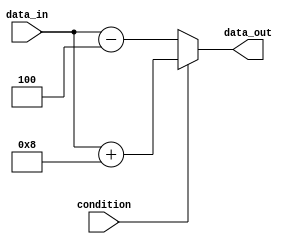
module if_else_statement (
    input wire condition,
    input wire [7:0] data_in,
    output reg [7:0] data_out
);

always @ (*)
begin
    if (condition)
    begin
        // Actions to perform if condition is true
        data_out = data_in + 8;
    end
    else
    begin
        // Actions to perform if condition is false
        data_out = data_in - 4;
    end
end

endmodule